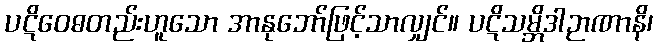
ပဋိဝေဓတည်းဟူသော အာနုဘော်ဖြင့်သာလျှင်။ ပဋိသမ္ဘိဒါဉာဏာနိ၊